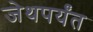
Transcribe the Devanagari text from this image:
जेथपर्यंत